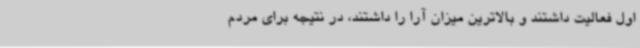
اول فعالیت داشتند و بالاترین میزان آرا را داشتند، در نتیجه برای مردم